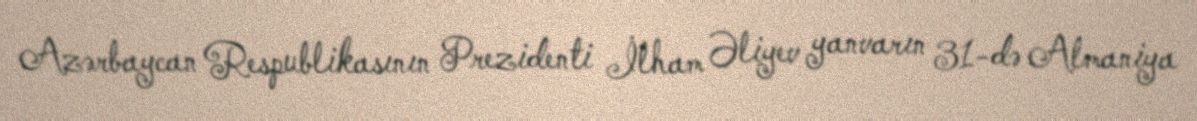
Azərbaycan Respublikasının Prezidenti İlham Əliyev yanvarın 31-də Almaniya